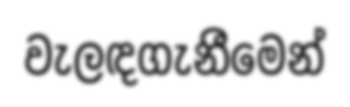
වැලඳගැනීමෙන්